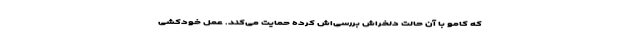
که کامو با آن حالت دلخراش بررسی‌اش کرده حمایت می‌کند. عملِ خودکشی